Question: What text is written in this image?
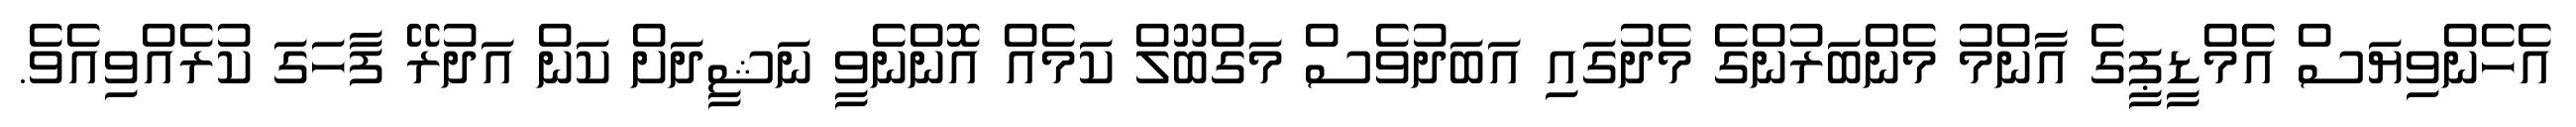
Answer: އެހެންވިޔަސް އެމްޑީޕީގެ އާންމު މެންބަރުންގެ މެދުގައި އަބަދުވެސް މަގްބޫލް ކަމެއް އޮންނެވީ ނަޝީދަށް ކަން އަދުރޭ ފާހަގަ ކުރެއްވިއެވެ.